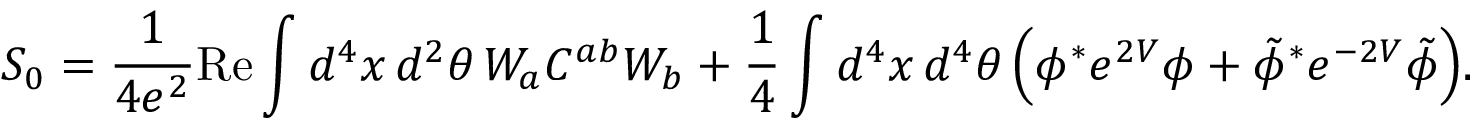
S _ { 0 } = \frac { 1 } { 4 e ^ { 2 } } \mathrm { R e } \int d ^ { 4 } x \, d ^ { 2 } \theta \, W _ { a } C ^ { a b } W _ { b } + \frac { 1 } { 4 } \int d ^ { 4 } x \, d ^ { 4 } \theta \, \Big ( \phi ^ { * } e ^ { 2 V } \phi + \tilde { \phi } ^ { * } e ^ { - 2 V } \tilde { \phi } \Big ) .